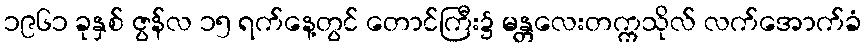
၁၉၆၁ ခုနှစ် ဇွန်လ ၁၅ ရက်နေ့တွင် တောင်ကြီး၌ မန္တလေးတက္ကသိုလ် လက်အောက်ခံ